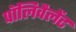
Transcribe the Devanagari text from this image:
पॉलिवैलेंट